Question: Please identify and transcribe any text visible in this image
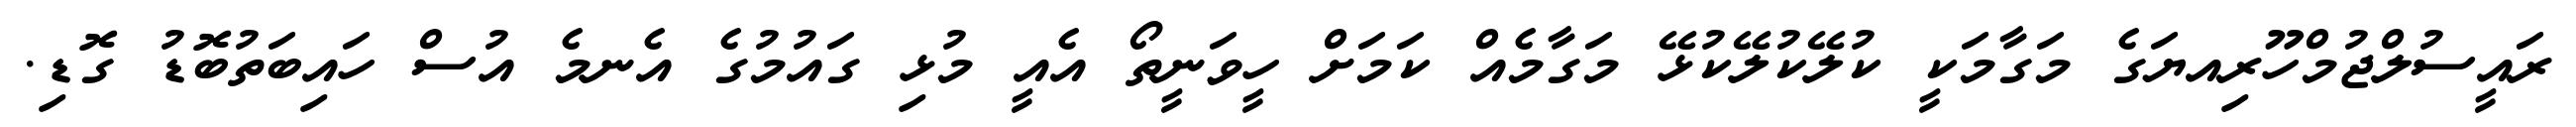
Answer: ރައީސުލްޖުމްހޫރިއޔަގެ މަގާމަކީ ކުލޭކުލޭކުޅޭ މަގާމެއް ކަމަށް ހީވަނީތޯ އެއީ މުޅި ގައުމުގެ އެނމެ އުސް ހައިބަތުބޮޑު ގޮޑި.